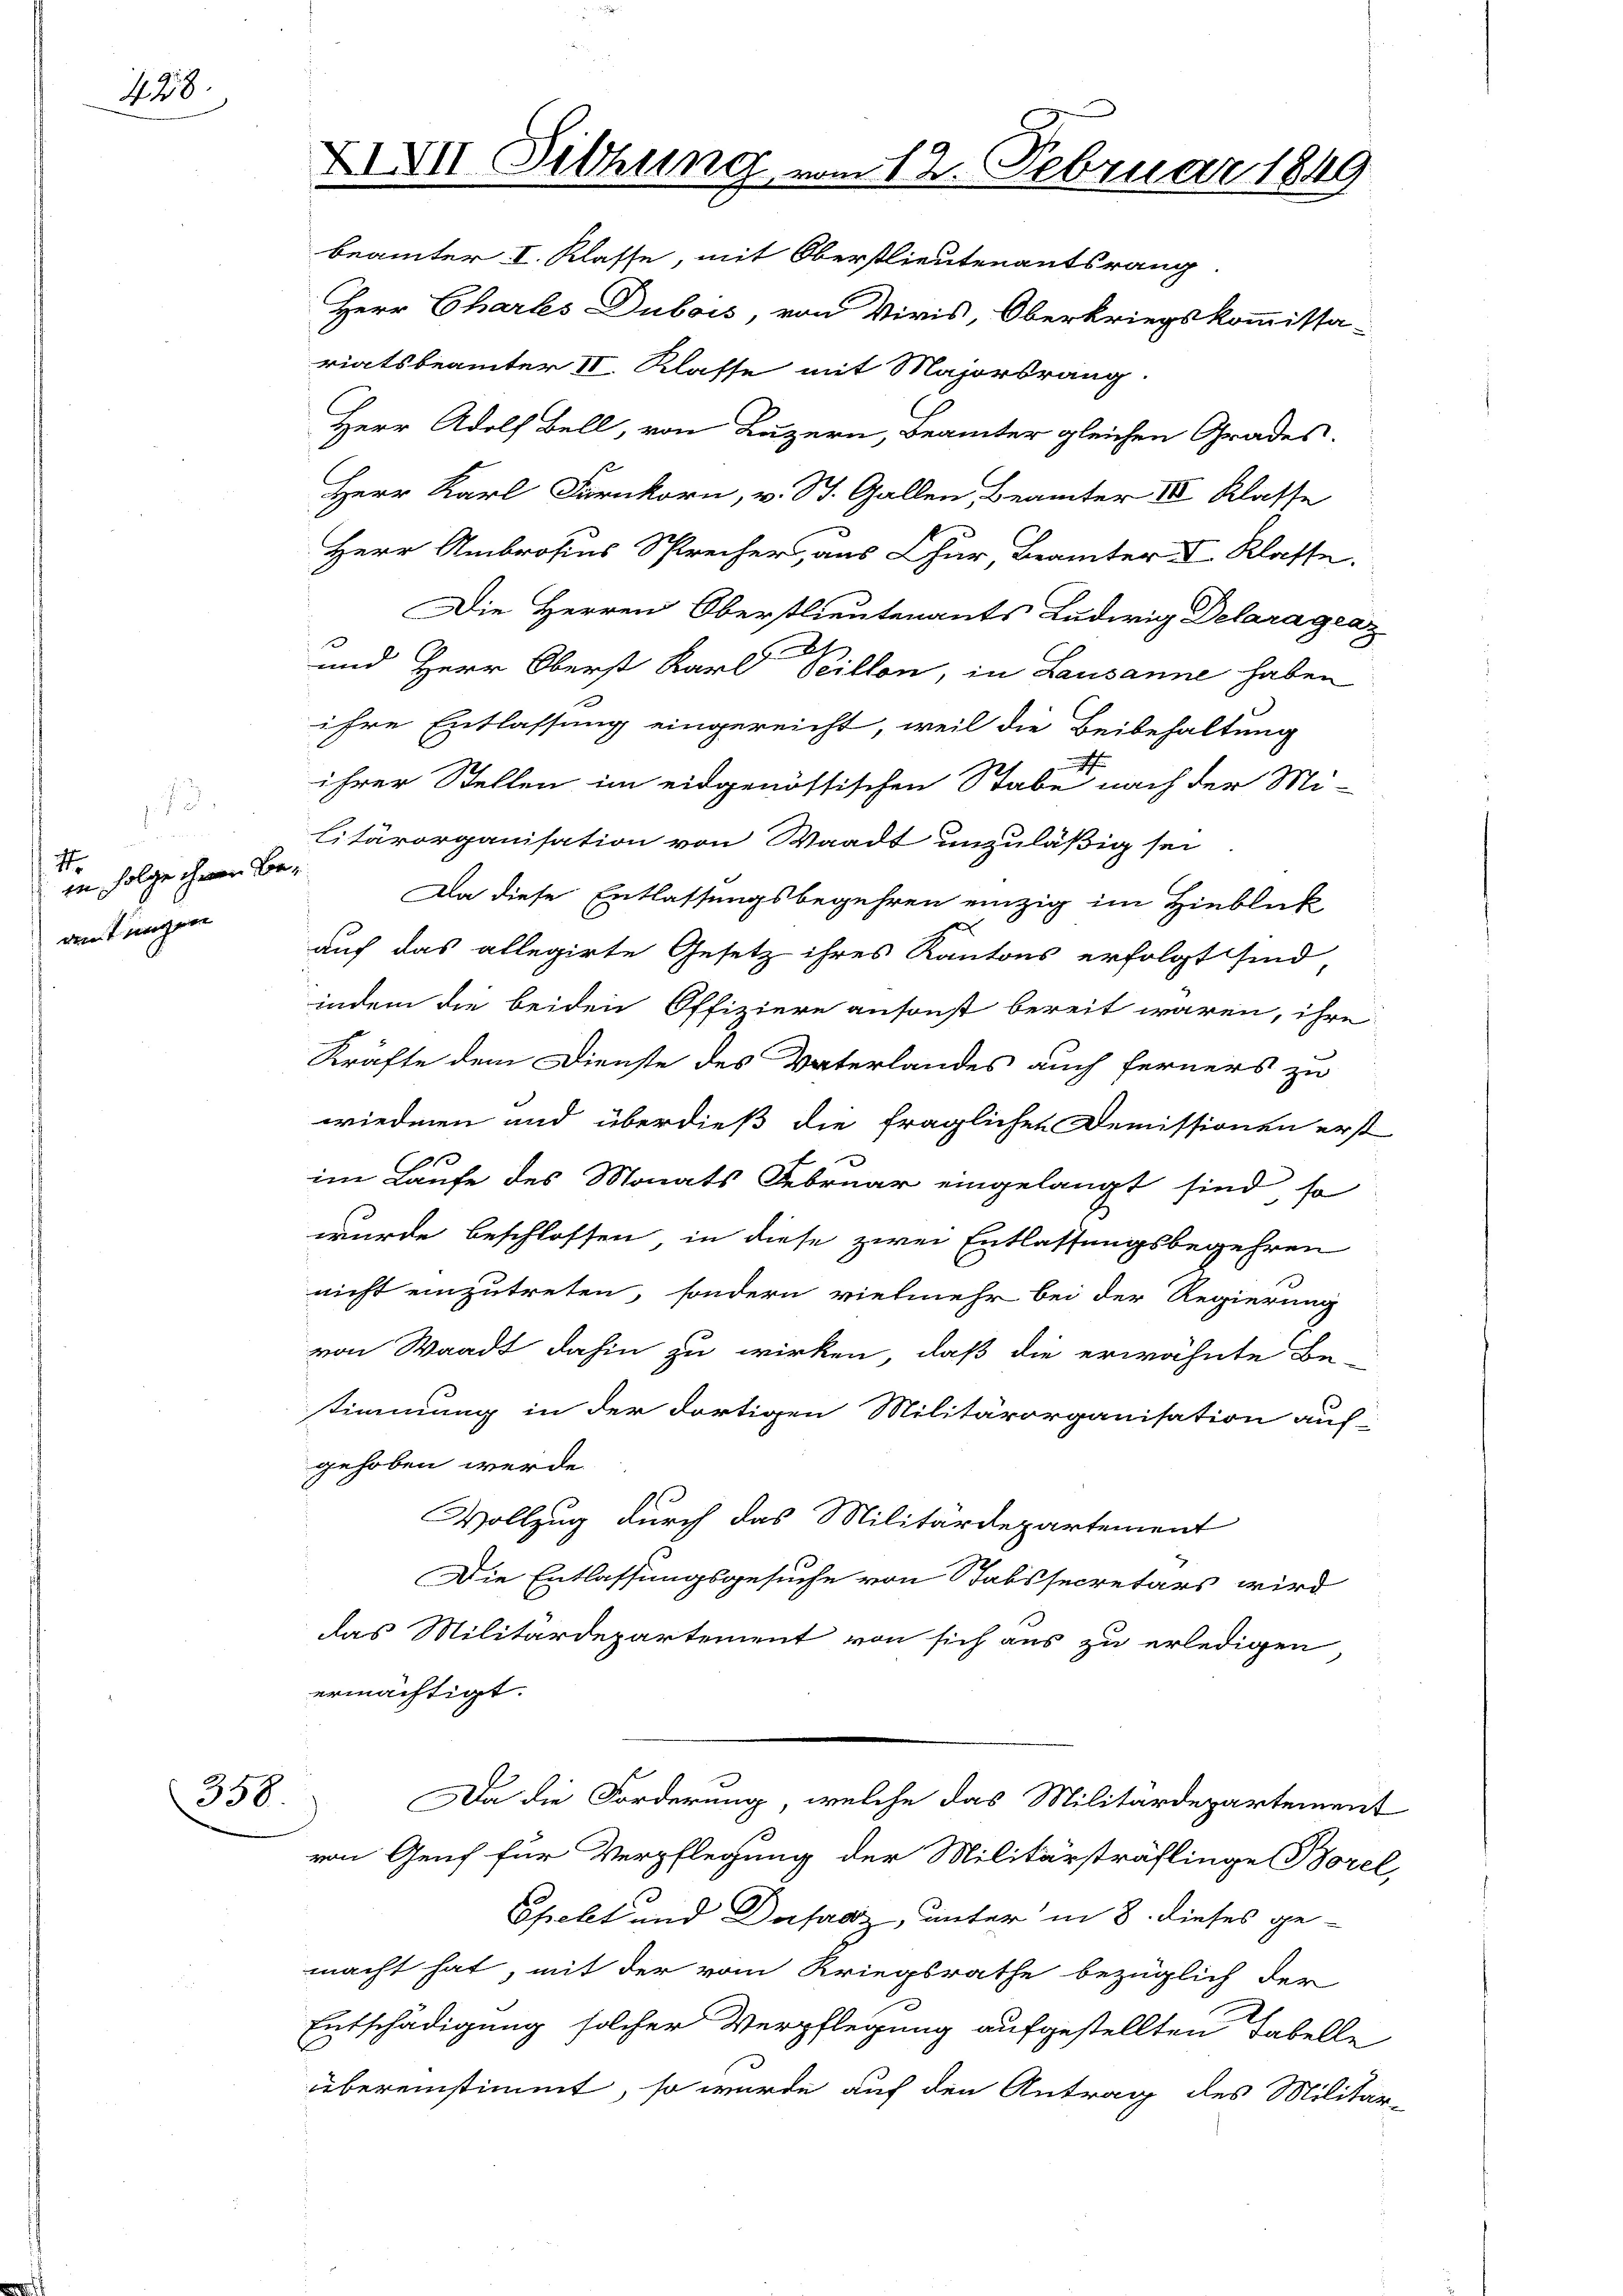
428.

1
1
iin Folge ihnen Beautungen

358.

XXVII. Sitzung vom 12. Februar 1849

beämter I. Klasse, mit Oberstlieutenantsrang.
Herr Chartes Dubois, von Viris, Oberkriegskommissa-
riatsbeamter II. Klasse mit Majorsrang.
Herr Adolf Ball, von Luzern, Beamter gleichen Grades.
s
Herr Karl Farnkorn, v. St. Gallen, Beamter II Klasse
Herr Ambrosius Sprecher, aus Chur, Beamter I. Klasse.
Die Herren Oberstlieutenants Ludwig Delaragraz
und Herr Oberst Karl Peillon, in Lausanne haben
ihre Entlassung eingereicht, weil die Beibehaltung
ihrer Stellen im eidgenössischen Stabe nach der Mi-
litärorganisation von Waadt unzuläßig sei
Da diese Entlassungsbegehren einzig im Hinblick
auf das allegirte Gesetz ihres Kantons erfolgt sind,
indem die beiden Offiziere ansonst bereit waren, ihre
Kräfte dem Dienste des Vaterlandes auch ferners zu
wiederen und überdieß die fraglichen Demissionen erst
2
im Laufe des Monats Februar eingelangt sind, so
wurde beschlossen in diese zwei Entlassungsbegehren
nicht einzutreten, sondern vielmehr bei der Regierung
von Waadt dahin zu wirken, daß die erwähnte Be-
stimmung in der dortigen Militärorganisation auf
gehoben werde.
Vollzug durch das Militärdepartement
Die Entlassungsgesuche von Stabssecretärs wird
das Militärdepartement von sich aus zu erledigen
ermächtigt.
Da die Forderung, welche das Militärdepartement
von Genf für Verpflegung der Militärsträflinge Borel,
Spekt und Dufaaz, unter in 8. dieses ge-
macht hat, mit der vom Kriegsrathe bezüglich der
Entschädigung solcher Verpflegung aufgestellten Tabelle
übereinstimmt, so wurde auf den Antrag des Militar